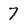
Character: 7